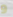
و